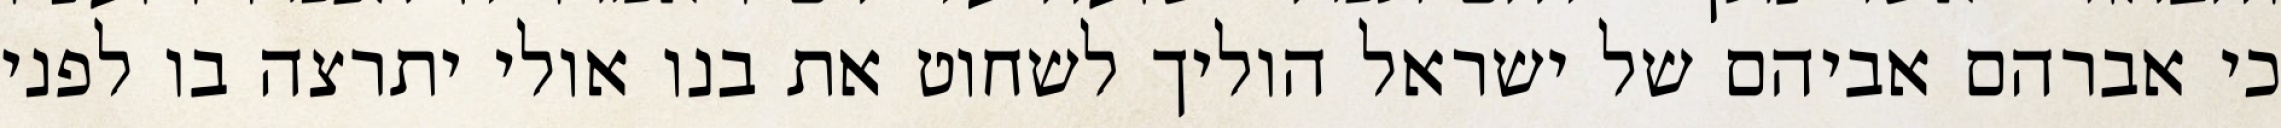
כי אברהם אביהם של ישראל הוליך לשחוט את בנו אולי יתרצה בו לפני